Vaccination in Bombay 1874-1876 - 1874-1876
Year: 1874
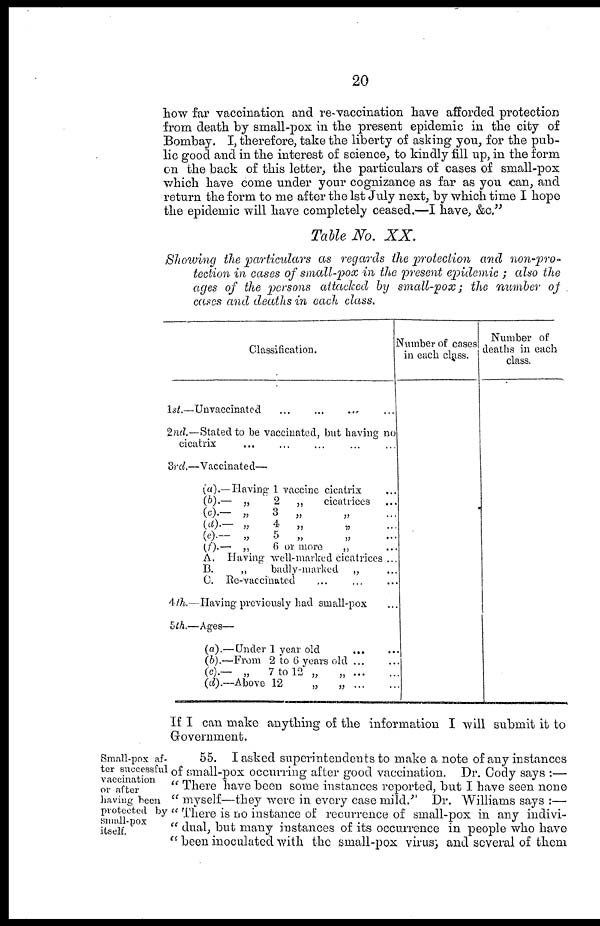
20
how far vaccination and re-vaccination have afforded protection
from death by small-pox in the present epidemic in the city of
Bombay. I, therefore, take the liberty of asking you, for the pub-
lic good and in the interest of science, to kindly fill up, in the form
on the back of this letter, the particulars of cases of small-pox
which have come under your cognizance as far as you can, and
return the form to me after the 1st July next, by which time I hope
the epidemic will have completely ceased.—I have, &c."
Table No. XX.
Showing the particulars as regards the protection and non-pro-
tection in cases of small-pox in the present epidemic ; also the
ages of the persons attacked by small-pox; the number of
cases and deaths in each class.
Classification.
1st.—Unvaccinated ... ... ... ...
2nd.—Stated to be vaccinated, but having no
cicatrix ... ... ... ... ...
3rd.—Vaccinated—
(a).—Having 1 vaccine cicatrix ...
(b).—
„
2
„
cicatrices ...
(c).—
„
3
„
„
...
(d).— „
4 „
„ ...
(e).— „
5 „
„ ...
(f).— „
6 or more
„ ...
A. Having well-marked cicatrices ...
B.
„
badly-marked „ ...
C. Re-vaccinated ... ... ...
4 th.—Having previously had small-pox ...
5th.—Ages—
(a).—Under 1 year old
...
...
(b).—From 2 to 6 years old ... ...
(c).— „
7 to 12 „
„ ... ...
(d).—Above 12
„
„ ... ...
Number of cases
in each class.
Number of
deaths in each
class.
If I can make anything of the information I will submit it to
Government.
Small-pox af-
ter successful
vaccination
or after
having been
protected by
small-pox
itself.
55. I asked superintendents to make a note of any instances
of small-pox occurring after good vaccination. Dr. Cody says :—
" There have been some instances reported, but I have seen none
" myself—they were in every case mild." Dr. Williams says :—
" There is no instance of recurrence of small-pox in any indivi¬
" dual, but many instances of its occurrence in people who have
" been inoculated with the small-pox virus; and several of them